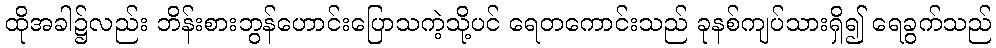
ထိုအခါ၌လည်း ဘိန်းစားဘွန်ဟောင်းပြောသကဲ့သို့ပင် ရေတကောင်းသည် ခုနစ်ကျပ်သားရှိ၍ ရေခွက်သည်